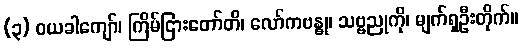
(၃) ဝယခါကျော်၊ ကြိမ်ငြားတော်တိ၊ လော်ကဗန္ဓု၊ သဗ္ဗညုကို၊ မျက်ရှဦးတိုက်။